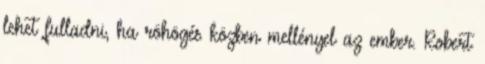
lehet fulladni, ha röhögés közben mellényel az ember. Robert